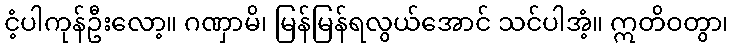
ငံ့ပါကုန်ဦးလော့။ ဂဏှာမိ၊ မြန်မြန်ရလွယ်အောင် သင်ပါအံ့။ ဣတိဝတွာ၊